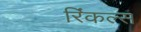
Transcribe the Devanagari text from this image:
रिंकल्स